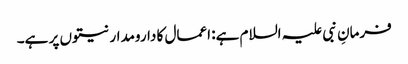
فرمانِ نبی علیہ السلام ہے: اعمال کا دارومدار نیتوں پر ہے۔